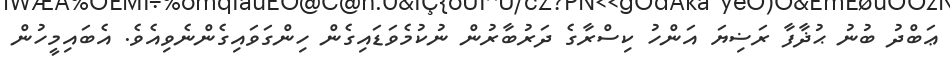
ޢަބްދު ބުނު ޙުޛާފާ ރަޟިޔަ އަންހު ކިސްރާގެ ދަރުބާރުން ނުކުމެވަޑައިގެން ހިންގަވައިގެންނެވިއެވެ. އެބައިމީހުން